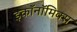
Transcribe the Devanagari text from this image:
इकाॅनाॅमिक्स